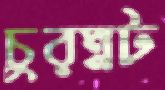
চুরম্নট